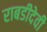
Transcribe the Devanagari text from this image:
राबडीदेवी